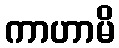
ကာဟာမိ